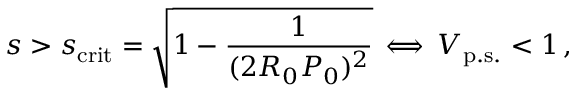
s > s _ { \mathrm { c r i t } } = \sqrt { 1 - { \frac { 1 } { ( 2 R _ { 0 } P _ { 0 } ) ^ { 2 } } } } \, \Longleftrightarrow \, V _ { \mathrm { p . s . } } < 1 \, ,